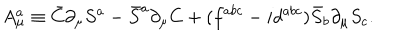
A _ { \mu } ^ { a } \equiv \bar { C } \partial _ { \mu } S ^ { a } - \bar { S } ^ { a } \partial _ { \mu } C + ( { f } ^ { a b c } - i { d } ^ { a b c } ) \bar { S } _ { b } \partial _ { \mu } { S } _ { c } .